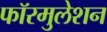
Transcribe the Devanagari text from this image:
फॉरमुलेशन